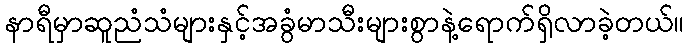
နာရီမှာဆူညံသံများနှင့်အခွံမာသီးများစွာနဲ့ရောက်ရှိလာခဲ့တယ်။